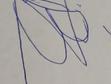
Signature authenticity: forged